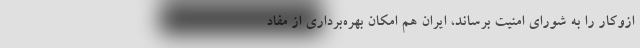
ازوکار را به شورای امنیت برساند، ایران هم امکان بهره‌برداری از مفاد